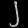
Digit: ၂